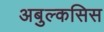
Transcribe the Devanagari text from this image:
अबुल्कसिस